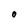
Character: O